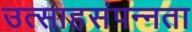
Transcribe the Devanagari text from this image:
उत्साहसंपन्नता